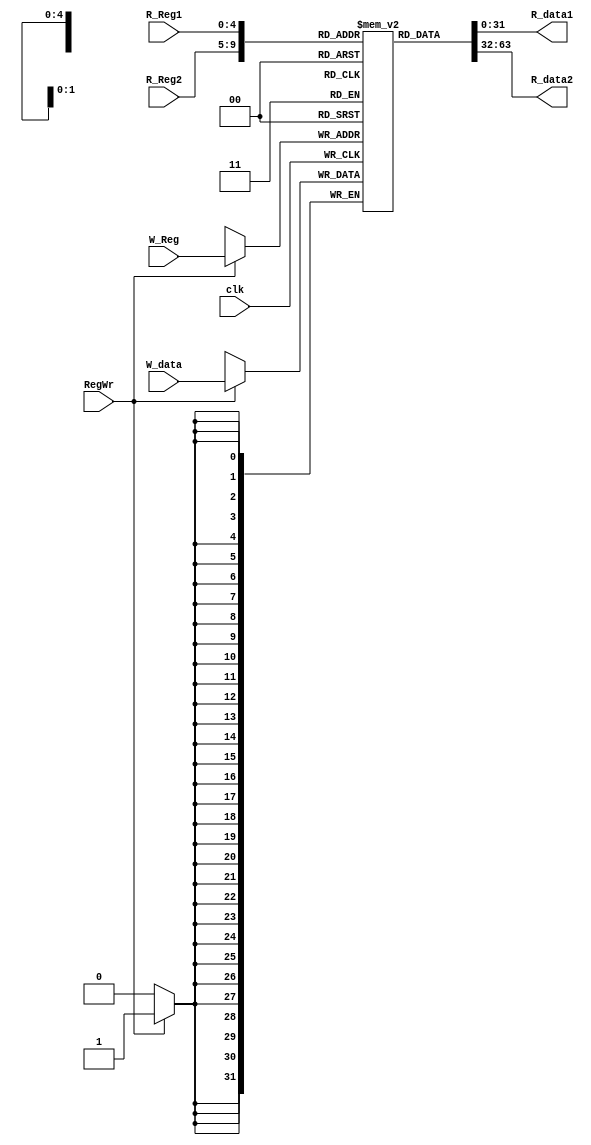
module RF(R_Reg1,R_Reg2,W_Reg,W_data,R_data1,R_data2,clk,RegWr);
input [4:0] R_Reg1, R_Reg2, W_Reg;
input [31:0] W_data;
input clk, RegWr;
output [31:0] R_data1, R_data2;

reg [31:0] RF [31:0];

assign  R_data1 = RF[R_Reg1];
assign  R_data2 = RF[R_Reg2];

always @(posedge clk ) 
begin
    if(RegWr)
        RF[W_Reg] <= W_data;
end

endmodule